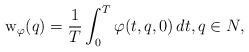
LaTeX: \begin{align*} \mathrm{w}_\varphi (q) =\frac{1}{T} \int_0^T \varphi(t, q, 0)\, dt,q\in N,\end{align*}